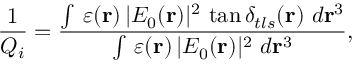
\frac { 1 } { Q _ { i } } = \frac { \intop \, \varepsilon ( \mathbf { r } ) \, | E _ { 0 } ( \mathbf { r } ) | ^ { 2 } \, \tan \delta _ { t l s } ( \mathbf { r } ) \ d \mathbf { r } ^ { 3 } } { \intop \, \varepsilon ( \mathbf { r } ) \, | E _ { 0 } ( \mathbf { r } ) | ^ { 2 } \ d \mathbf { r } ^ { 3 } } ,